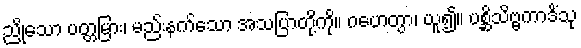
ညိုသော ပတ္တမြား၊ မည်းနက်သော အသပြာတို့ကို။ ဂဟေတွာ၊ ယူ၍။ ပစ္ဆိသိဗ္ဗကာဒိံသု